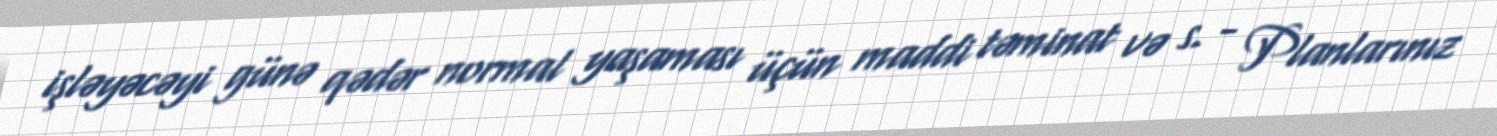
işləyəcəyi günə qədər normal yaşaması üçün maddi təminat və s. - Planlarınız